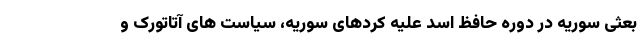
بعثی سوریه در دوره حافظ اسد علیه کردهای سوریه، سیاست های آتاتورک و